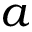
a